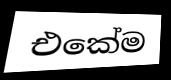
එකේම